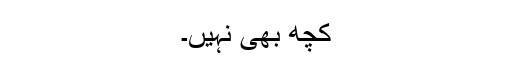
کچھ بھی نہیں۔